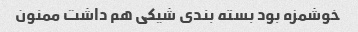
خوشمزه بود بسته بندی شیکی هم داشت ممنون